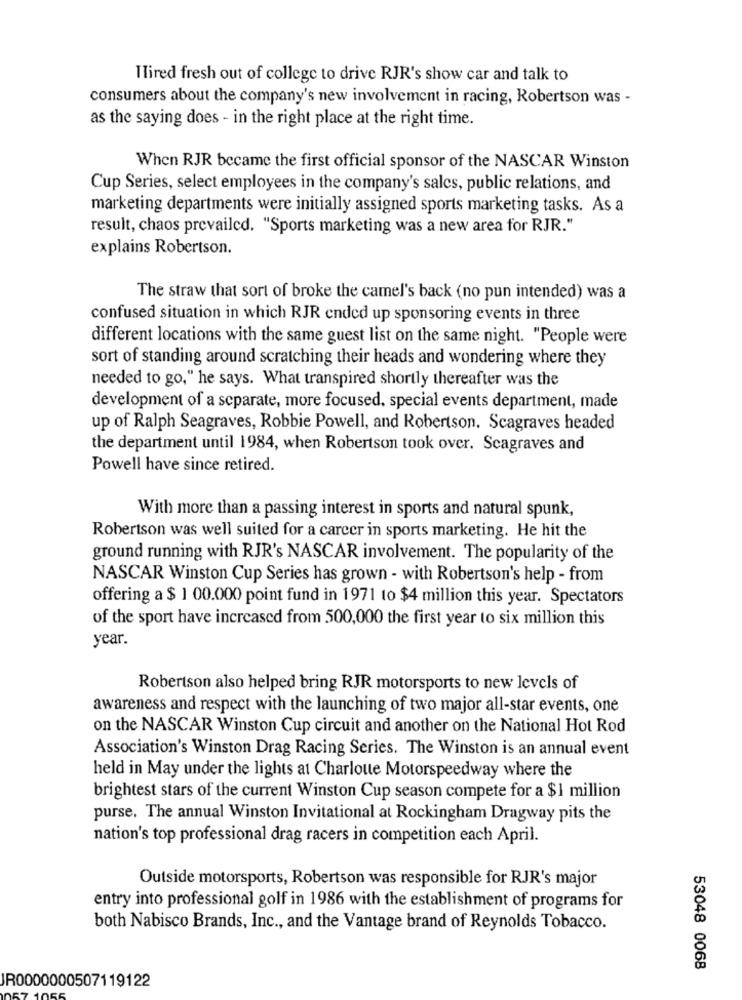
Tired fresh out of college to drive RJR's show car and talk to
consumers about the company's new involvement in racing, Robertson was -
as the saying does - in the right place at the right time.
When RJR became the first official sponsor of the NASCAR Winston
Cup Series, select employees in the company's sales, public relations, and
marketing departments were initially assigned sports marketing tasks. As a
result, chaos prevailed. "Sports marketing was a new area for RJR."
explains Robertson.
The straw that sort of broke the camel's back (no pun intended) was a
confused situation in which RJR ended up sponsoring events in three
different locations with the same guest list on the same night. "People were
sort of standing around scratching their heads and wondering where they
needed to go," he says. What transpired shortly thereafter was the
development of a separate, more focused, special events department, made
up of Ralph Seagraves, Robbie Powell, and Robertson. Scagraves headed
the department until 1984, when Robertson took over. Scagraves and
Powell have since retired.
With more than a passing interest in sports and natural spunk,
Robertson was well suited for a career in sports marketing. He hit the
ground running with RJR's NASCAR involvement. The popularity of the
NASCAR Winston Cup Series has grown - with Robertson's help - from
offering a $ 1 00.000 point fund in 1971 to $4 million this year. Spectators
of the sport have increased from 500,000 the first year to six million this
year.
Robertson also helped bring RJR motorsports to new levels of
awareness and respect with the launching of two major all-star events, one
on the NASCAR Winston Cup circuit and another on the National Hot Rod
Association's Winston Drag Racing Series. The Winston is an annual event
held in May under the lights at Charlotte Motorspeedway where the
brightest stars of the current Winston Cup season compete for a $1 million
purse. The annual Winston Invitational at Rockingham Dragway pits the
nation's top professional drag racers in competition each April.
Outside motorsports, Robertson was responsible for RJR's major
entry into professional golf in 1986 with the establishment of programs for
both Nabisco Brands, Inc ., and the Vantage brand of Reynolds Tobacco.
53048 0068
JR0000000507119122